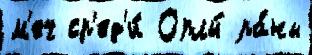
м'еч ср'ед'и́ Орлы́ ра́ны